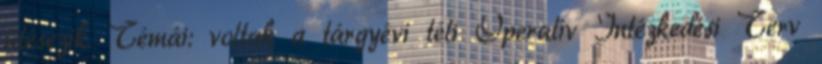
ülésezik. Témái: voltak a tárgyévi téli Operatív Intézkedési Terv